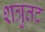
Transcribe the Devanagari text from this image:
शत्रुतट